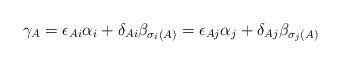
LaTeX: \begin{align*}\gamma_A = \epsilon_{Ai}\alpha_i + \delta_{Ai}\beta_{\sigma_i(A)} = \epsilon_{Aj}\alpha_j + \delta_{Aj}\beta_{\sigma_j(A)}\end{align*}